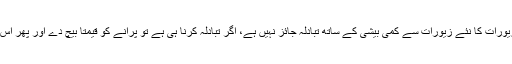
۴- سونے چاندی کے پرانے زیورات کا نئے زیورات سے کمی بیشی کے ساتھ تبادلہ جائز نہیں ہے، اگر تبادلہ کرنا ہی ہے تو پرانے کو قیمتاً بیچ دے اور پھر اس قیمت سے نیا زیور خرید لے۔